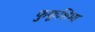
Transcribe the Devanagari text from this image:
फुकूशिमा